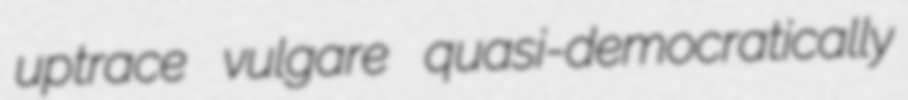
uptrace vulgare quasi-democratically